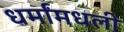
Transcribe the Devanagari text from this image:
धर्मांमधली